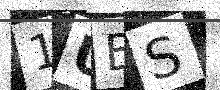
Text: 1UES